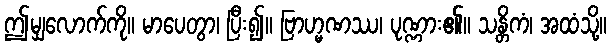
ဤမျှလောက်ကို။ မာပေတွာ၊ ပြီး၍။ ဗြာဟ္မဏဿ၊ ပုဏ္ဏား၏။ သန္တိကံ၊ အထံသို့။